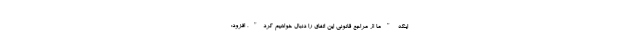
اینکه "ما از مراجع قانونی این اتفاق را دنبال خواهیم کرد"، افزود: